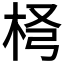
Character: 𣐢